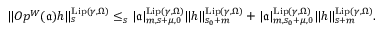
\begin{array} { r } { \rVert O p ^ { W } ( \mathfrak { a } ) h \rVert _ { s } ^ { \mathrm { L i p } ( \gamma , \Omega ) } \le _ { s } | \mathfrak { a } | _ { m , { s + \mu } , 0 } ^ { \mathrm { L i p } ( \gamma , \Omega ) } \rVert h \rVert _ { s _ { 0 } + m } ^ { \mathrm { L i p } ( \gamma , \Omega ) } + | \mathfrak { a } | _ { m , { s _ { 0 } + \mu } , 0 } ^ { \mathrm { L i p } ( \gamma , \Omega ) } \rVert h \rVert _ { { s + m } } ^ { \mathrm { L i p } ( \gamma , \Omega ) } . } \end{array}